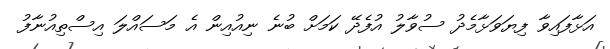
އަޅާފައިވާ ފިޔަވަޅާމެދު ސުވާލު އުފެދޭ ކަމަށް ބުނެ ނިއުއިން އެ މަސައްލަ އިސްތިއުނާފު